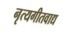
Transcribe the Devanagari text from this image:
नृत्यगीतवाद्य